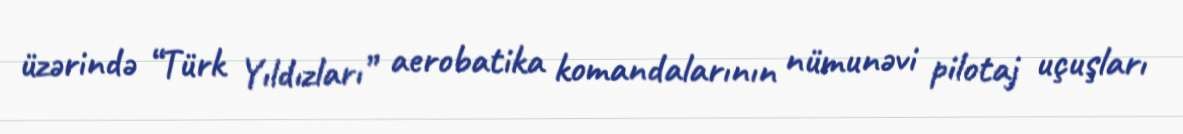
üzərində “Türk Yıldızları” aerobatika komandalarının nümunəvi pilotaj uçuşları